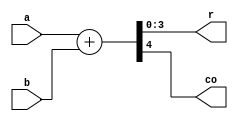
module adder(
    input [3:0] a, 
    input [3:0] b,
    output [3:0] r,
    output co
);
assign {co, r} = a + b;

endmodule